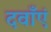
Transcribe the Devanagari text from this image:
दवाँएं